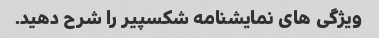
ویژگی های نمایشنامه شکسپیر را شرح دهید.